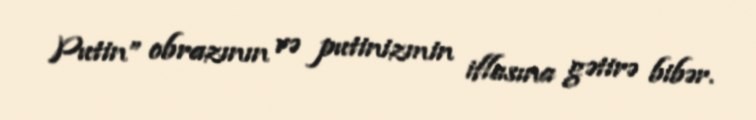
Putin” obrazının və putinizmin iflasına gətirə bibər.